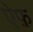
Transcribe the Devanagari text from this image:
ऐफ़